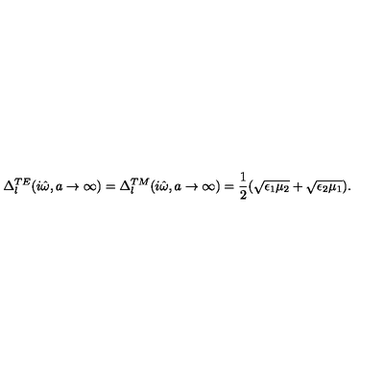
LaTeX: \Delta _ { l } ^ { T E } ( i \hat { \omega } , a \rightarrow \infty ) = \Delta _ { l } ^ { T M } ( i \hat { \omega } , a \rightarrow \infty ) = \frac { 1 } { 2 } ( \sqrt { \epsilon _ { 1 } \mu _ { 2 } } + \sqrt { \epsilon _ { 2 } \mu _ { 1 } } ) .